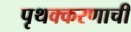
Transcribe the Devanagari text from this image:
पृथक्करणाची